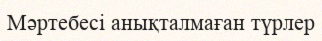
Мәртебесі анықталмаған түрлер